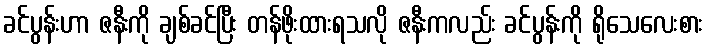
ခင်ပွန်းဟာ ဇနီးကို ချစ်ခင်ပြီး တန်ဖိုးထားရသလို ဇနီးကလည်း ခင်ပွန်းကို ရိုသေလေးစား